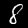
Digit: 8